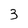
Character: 3